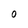
Character: 0